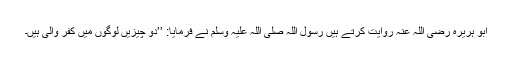
ابو ہریرہ رضی اللہ عنہ روایت کرتے ہیں رسول اللہ صلی اللہ علیہ وسلم نے فرمایا: ’’دو چیزیں لوگوں میں کفر والی ہیں۔